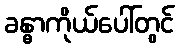
ခန္ဓာကိုယ်ပေါ်တွင်